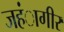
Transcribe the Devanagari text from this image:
जहंागीर